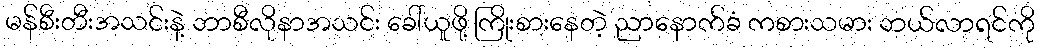
မန်စီးတီးအသင်းနဲ့ ဘာစီလိုနာအသင်း ခေါ်ယူဖို့ ကြိုးစားနေတဲ့ ညာနောက်ခံ ကစားသမား ဘယ်လာရင်ကို